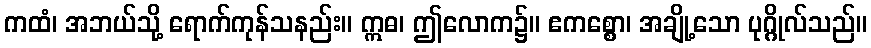
ကထံ၊ အဘယ်သို့ ရောက်ကုန်သနည်း။ ဣဓ၊ ဤလောက၌။ ဧကစ္စော၊ အချို့သော ပုဂ္ဂိုလ်သည်။